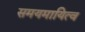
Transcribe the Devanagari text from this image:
समयमायित्व